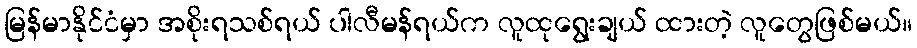
မြန်မာနိုင်ငံမှာ အစိုးရသစ်ရယ် ပါလီမန်ရယ်က လူထုရွေးချယ် ထားတဲ့ လူတွေဖြစ်မယ်။